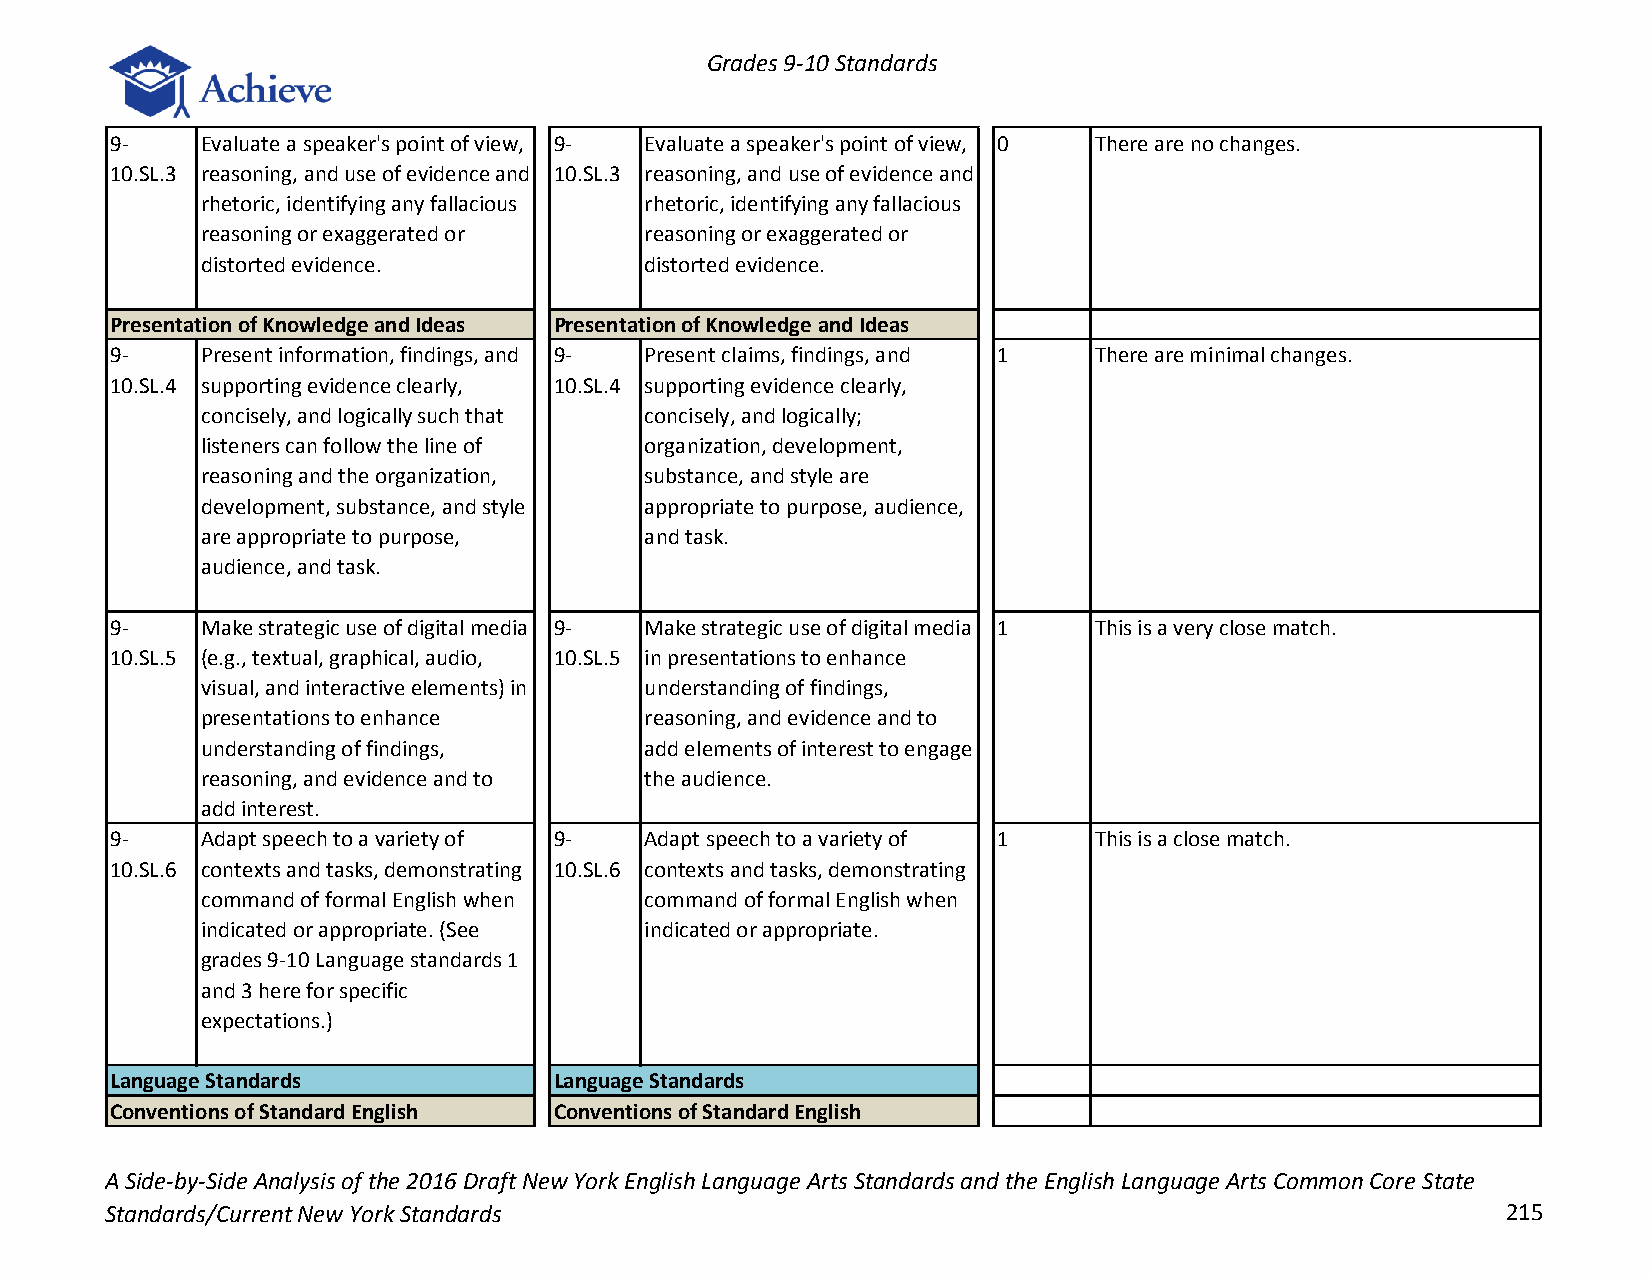
Grades 9-10 Standards
 9-    Evaluate a speaker's point of view, 9- Evaluate a speaker's point of view, 0 There are no changes.
 10.SL.3 reasoning, and use of evidence and 10.SL.3 reasoning, and use of evidence and
 rhetoric, identifying any fallacious rhetoric, identifying any fallacious
 reasoning or exaggerated or   reasoning or exaggerated or
 distorted evidence.           distorted evidence.
 Presentation of Knowledge and Ideas Presentation of Knowledge and Ideas
 9-    Present information, findings, and 9- Present claims, findings, and 1 There are minimal changes.
 10.SL.4 supporting evidence clearly, 10.SL.4 supporting evidence clearly,
 concisely, and logically such that concisely, and logically;
 listeners can follow the line of organization, development,
 reasoning and the organization, substance, and style are
 development, substance, and style appropriate to purpose, audience,
 are appropriate to purpose,   and task.
 audience, and task.
 9-    Make strategic use of digital media 9- Make strategic use of digital media 1 This is a very close match.
 10.SL.5 (e.g., textual, graphical, audio, 10.SL.5 in presentations to enhance
 visual, and interactive elements) in understanding of findings,
 presentations to enhance      reasoning, and evidence and to
 understanding of findings,    add elements of interest to engage
 reasoning, and evidence and to the audience.
 add interest.
 9-    Adapt speech to a variety of 9- Adapt speech to a variety of 1 This is a close match.
 10.SL.6 contexts and tasks, demonstrating 10.SL.6 contexts and tasks, demonstrating
 command of formal English when command of formal English when
 indicated or appropriate. (See indicated or appropriate.
 grades 9-10 Language standards 1
 and 3 here for specific
 expectations.)
 Language Standards            Language Standards
 Conventions of Standard English Conventions of Standard English
 A Side-by-Side Analysis of the 2016 Draft New York English Language Arts Standards and the English Language Arts Common Core State
 Standards/Current New York Standards                                                         215